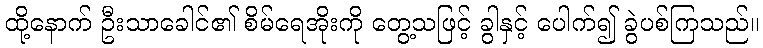
ထို့နောက် ဦးသာခေါင်၏ စိမ်ရေအိုးကို တွေ့သဖြင့် ခွါနှင့် ပေါက်၍ ခွဲပစ်ကြသည်။